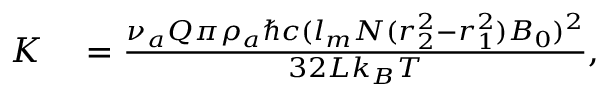
\begin{array} { r l } { K } & { { } = \frac { \nu _ { a } Q \pi \rho _ { a } \hbar c ( l _ { m } N ( r _ { 2 } ^ { 2 } - r _ { 1 } ^ { 2 } ) B _ { 0 } ) ^ { 2 } } { 3 2 L k _ { B } T } , } \end{array}